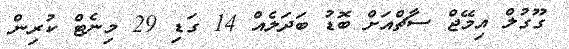
ގޫގުލް އިމޭޖް ސާޗްއަށް ބޮޑު ބަދަލެއް 14 ގަޑި 29 މިނެޓް ކުރިން